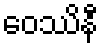
ဝေဿိနီ